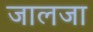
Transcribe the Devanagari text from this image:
जालजा